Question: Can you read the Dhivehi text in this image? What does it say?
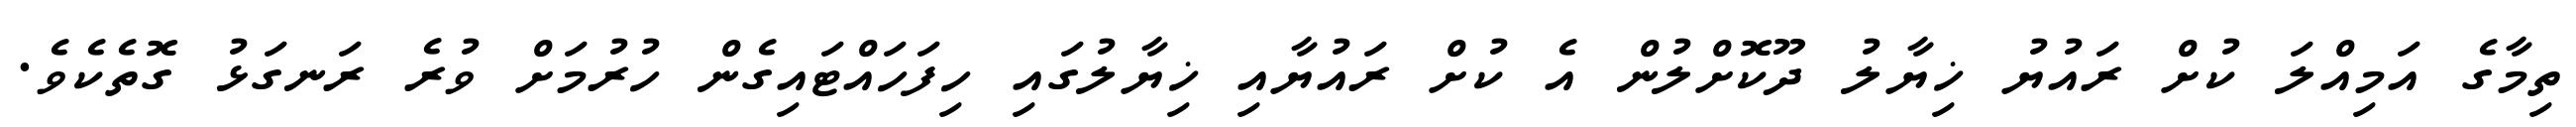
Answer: ތިމާގެ އަމިއްލަ ކުށް ރައުޔު ޚިޔާލު ދޫކޮށްލުން އެ ކުށް ރައުޔާއި ޚިޔާލުގައި ހިފަހައްޓައިގެން ހުރުމަށް ވުރެ ރަނގަޅު ގޮތެކެވެ.